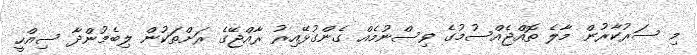
މި ސަރުކާރުން މާލެ ތޮއްޖެއްސުމުގެ ވިސްނުމެއް ގެންގުޅޭއިރު ރާއްޖޭގެ ރަށްތަކުން ލިބެމުންދާ ސިއްހީ